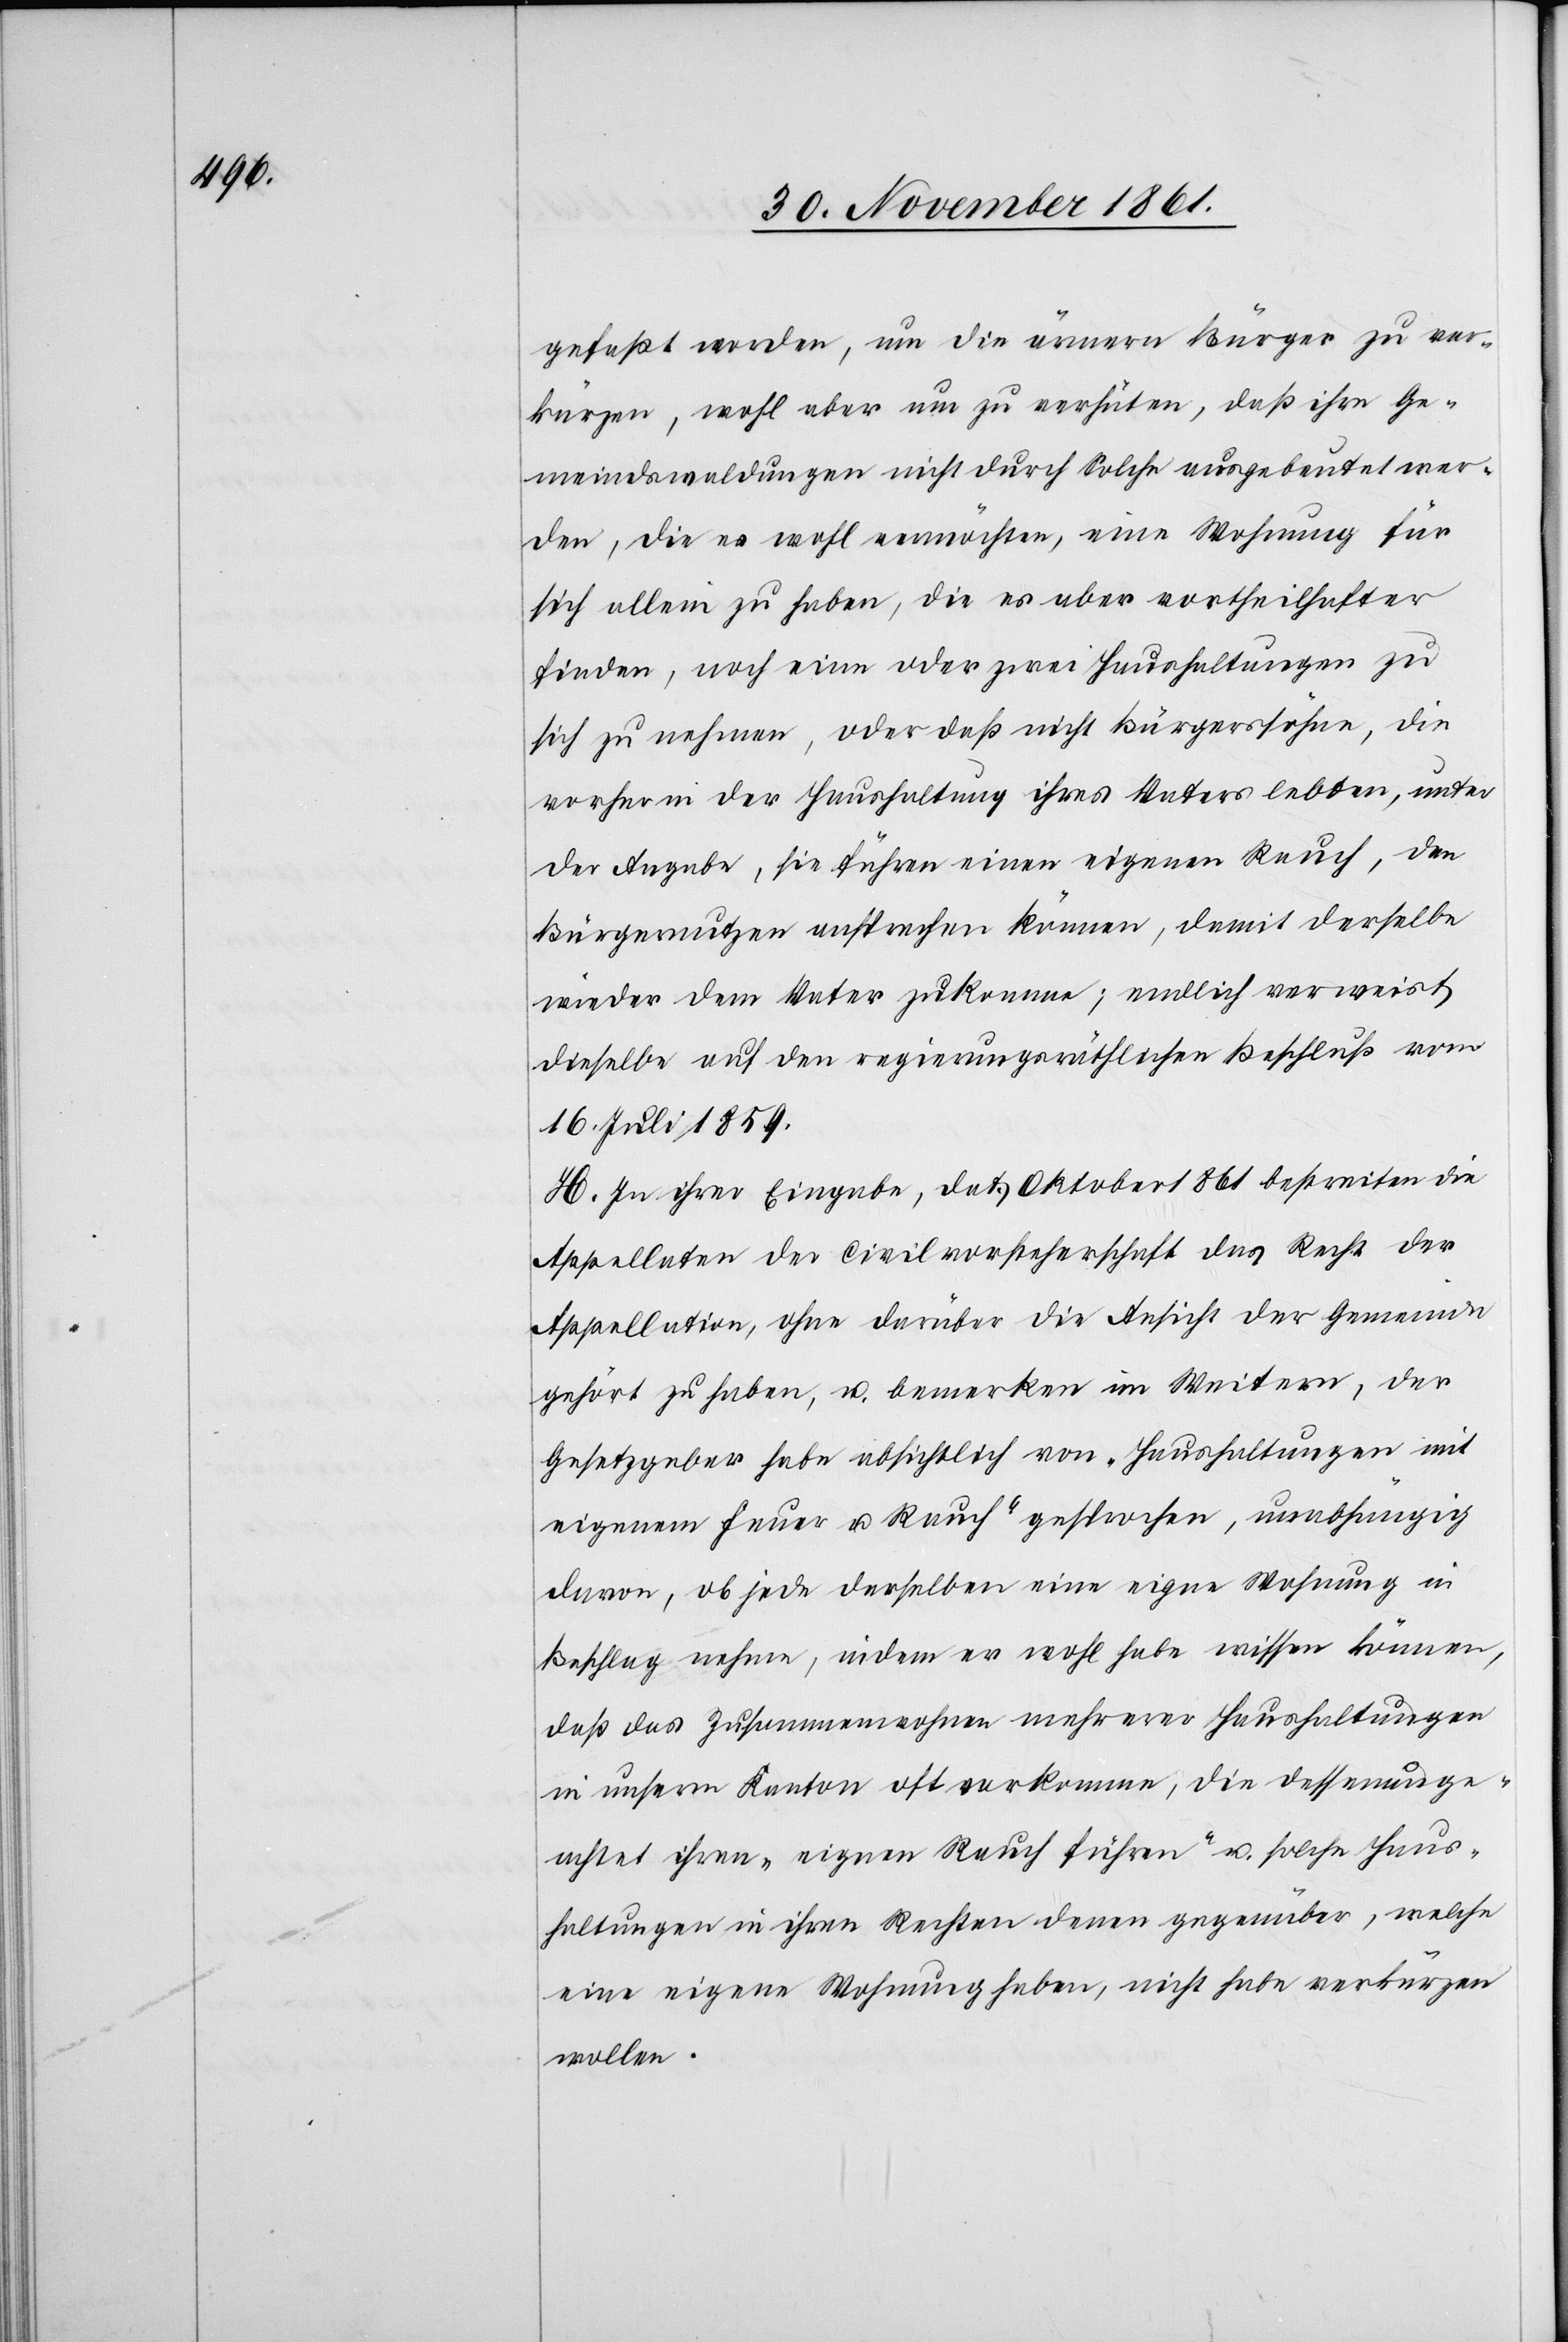
gefaßt worden, um die ärmern Bürger zu ver¬
kürzen, wohl aber um zu verhüten, daß ihre Ge¬
meindswaldungen nicht durch solche ausgebeutet wer¬
den, die es wohl vermöchten, eine Wohnung für
sich allein zu haben, die es aber vortheilhafter
finden, noch einen oder zwei Haushaltungen zu
sich zu nehmen, oder daß nicht Bürgerssöhne, die
vorher in der Haushaltung ihres Vaters lebten, unter
der Angabe, sie führen einen eigenen Rauch, den
Bürgernutzen ansprechen können, damit derselbe
wieder dem Vater zukomme; endlich verweist
dieselbe auf den regierungsräthlichen Beschluß vom
16 Juli 1859.
H. In ihrer Eingabe, dat. Oktober 1861 bestreiten die
Appellaten der Civilvorsteherschaft das Recht der
Appellation, ohne darüber die Ansicht der Gemeinde
gehört zu haben, u. bemerkten im Weitern, der
Gesetzgeber habe absichtlich von „Haushaltungen mit
eigenem Feuer u. Rauch“ gesprochen, unabhängig
davon, ob jede derselben eine eigene Wohnung in
Beschlag nehme, indem er wohl habe wissen können,
daß das Zusammenwohnen mehrerer Haushaltungen
in unserm Kanton oft vorkomme, die dessenunge¬
achtet ihren „eignen Rauch führen“ u. solche Haus¬
haltungen in ihren Rechten denen gegenüber, welche
eine eigene Wohnung haben, nicht habe verkürzen
wollen.